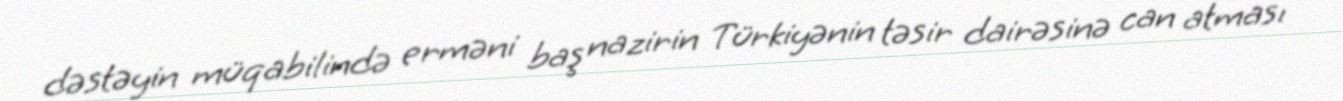
dəstəyin müqabilində erməni baş nazirin Türkiyənin təsir dairəsinə can atması